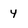
Character: 4